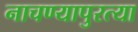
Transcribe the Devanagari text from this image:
नाचण्यापुरत्या